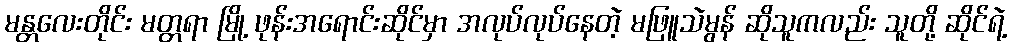
မန္တလေးတိုင်း မတ္တရာ မြို့ ဖုန်းအရောင်းဆိုင်မှာ အလုပ်လုပ်နေတဲ့ မဖြူသဲမွန် ဆိုသူကလည်း သူတို့ ဆိုင်ရဲ့